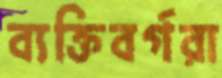
ব্যক্তিবর্গরা